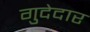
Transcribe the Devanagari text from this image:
गुदेदार